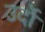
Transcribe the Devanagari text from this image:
उर्दो